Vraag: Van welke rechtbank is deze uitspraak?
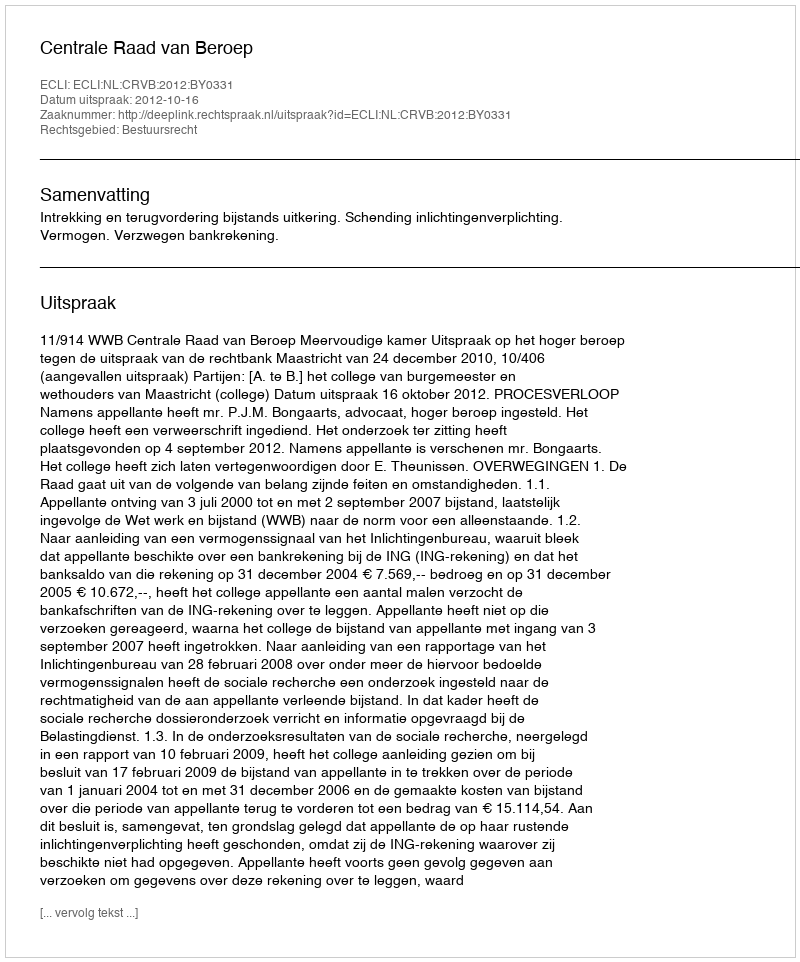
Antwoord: Centrale Raad van Beroep